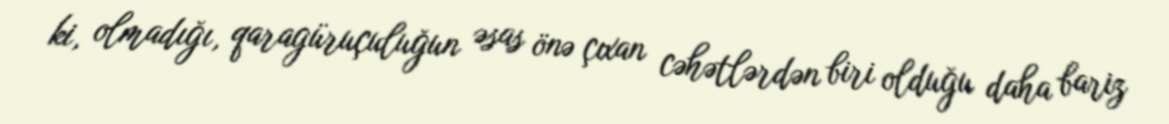
ki, olmadığı, qaragüruçuluğun əsas önə çıxan cəhətlərdən biri olduğu daha bariz